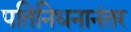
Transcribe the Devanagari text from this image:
पतिनिधनानंतर